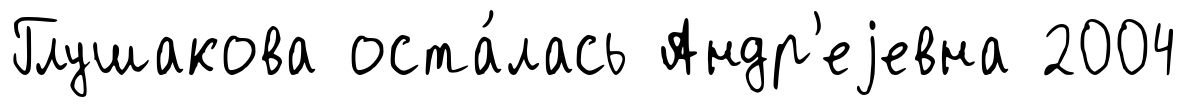
Глушакова оста́лась Андр'еjевна 2004